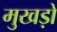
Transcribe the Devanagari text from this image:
मुखड़ों